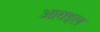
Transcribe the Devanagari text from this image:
आराइल